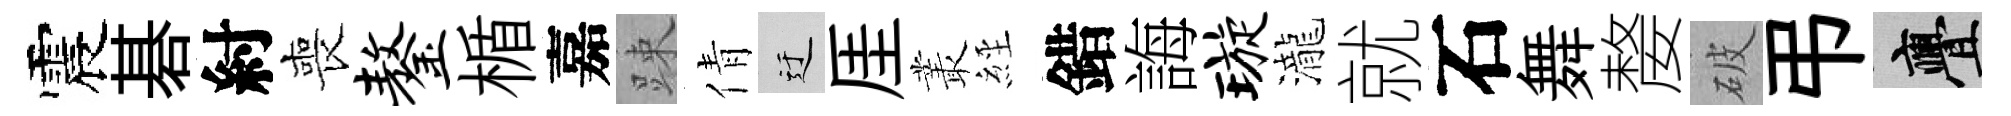
震碁紂喪鏊楯嘉踈倩迂厓叢𦀇錯誨璇瀧就石舞嫠破弔亹